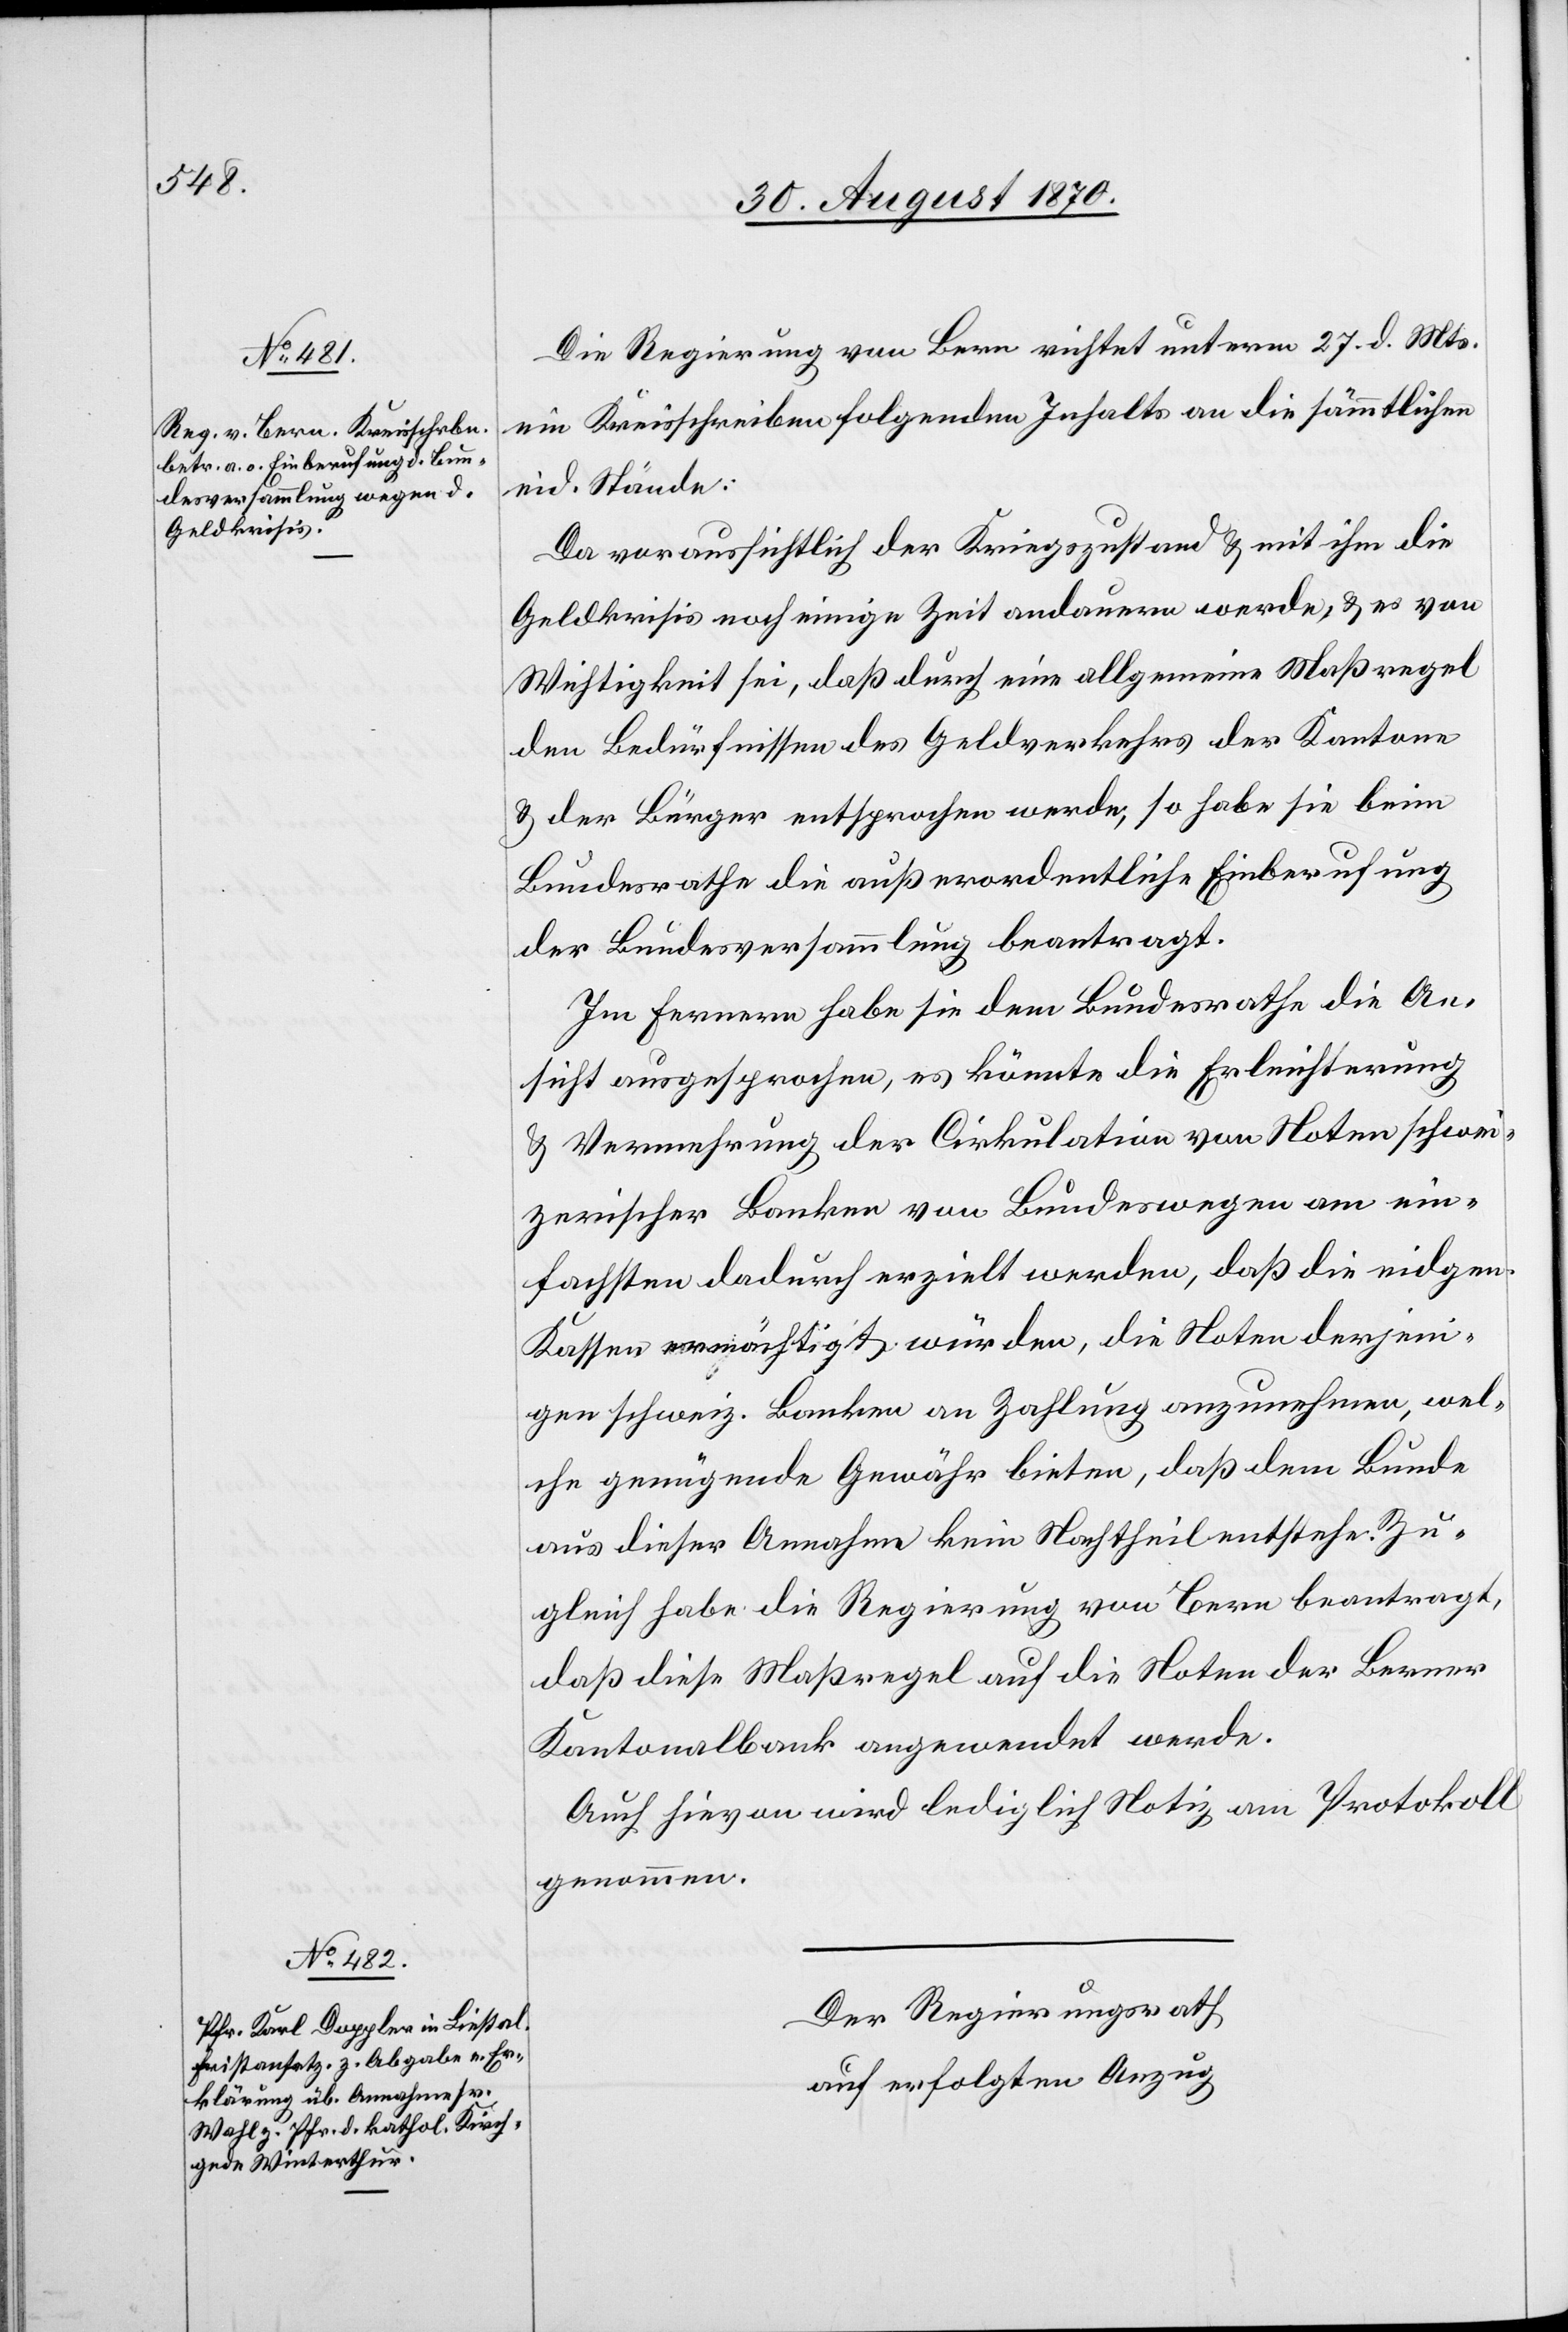
Die Regierung von Bern richtet unterm 27. d. Mts.
ein Kreisschreiben folgenden Inhalts an die sämmtlichen
eid. Stände:
Da voraussichtlich der Kriegszustand & mit ihm die
Geldkrisis noch einige Zeit andauern werde, & es von
Wichtigkeit sei, daß durch eine allgemeine Maßregel
den Bedürfnissen des Geldverkehrs der Kantone
& der Bürger entsprochen werde, so habe sie beim
Bundesrathe die außerordentliche Einberufung
der Bundesversammlung beantragt.
Im Fernern habe sie dem Bundesrathe die An¬
sicht ausgesprochen, es könnte die Erleichterung
& Vermehrung der Cirkulation von Noten schwei¬
zerischer Banken von Bundeswegen am ein¬
fachsten dadurch erzielt werden, daß die eidgen.
Kassen ermächtig würden, die Noten derjeni¬
gen schweiz. Banken an Zahlung anzunehmen, wel¬
che genügende Gewähr bieten, daß dem Bunde
aus dieser Annahme kein Nachtheil entstehe. Zu¬
gleich habe die Regierung von Bern beantragt,
daß diese Maßregel auf die Noten der Berner
Kantonalbank angewendet werde.
Auch hievon wird lediglich Notiz am Protokoll
genommen.
Der Regierungsrath
auf erfolgten Anzug